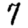
Digit: 7